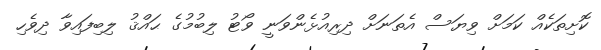
ކޮށިތަކެއް ކަމަށް ވިޔަސް އެތަނަށް ދިރިއުޅެންވަނީ ވޯޓު ލިބުމުގެ ޙައްޤު ލިބިފައިވާ ދިވެހި